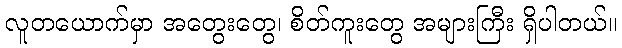
လူတယောက်မှာ အတွေးတွေ၊ စိတ်ကူးတွေ အများကြီး ရှိပါတယ်။